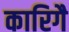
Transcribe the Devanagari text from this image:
कारिगै